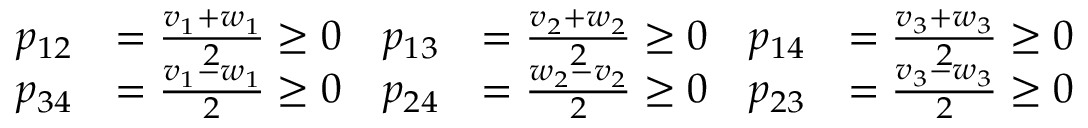
\begin{array} { r l r l r l } { p _ { 1 2 } } & { = \frac { v _ { 1 } + w _ { 1 } } { 2 } \geq 0 } & { p _ { 1 3 } } & { = \frac { v _ { 2 } + w _ { 2 } } { 2 } \geq 0 } & { p _ { 1 4 } } & { = \frac { v _ { 3 } + w _ { 3 } } { 2 } \geq 0 } \\ { p _ { 3 4 } } & { = \frac { v _ { 1 } - w _ { 1 } } { 2 } \geq 0 } & { p _ { 2 4 } } & { = \frac { w _ { 2 } - v _ { 2 } } { 2 } \geq 0 } & { p _ { 2 3 } } & { = \frac { v _ { 3 } - w _ { 3 } } { 2 } \geq 0 } \end{array}